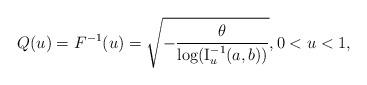
LaTeX: \begin{align*}Q(u) = F^{-1}(u)=\sqrt{-\frac{\theta}{\log (\operatorname{I}^{-1}_{u}(a,b))}},0<u<1,\end{align*}